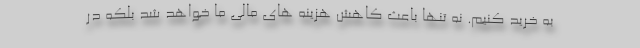
به خرید کنیم. نه تنها باعث کاهش هزینه های مالی ما خواهد شد بلکه در